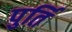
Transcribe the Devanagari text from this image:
पुर्ति